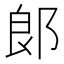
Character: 郞